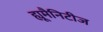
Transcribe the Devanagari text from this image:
ह्यूमैनिटीज